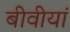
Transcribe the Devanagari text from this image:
बीवीयां